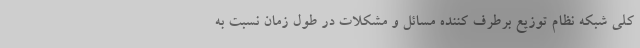
کلی شبکه نظام توزیع برطرف کننده مسائل و مشکلات در طول زمان نسبت به